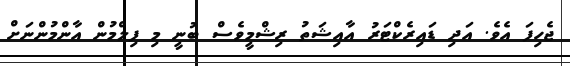
ޖެހިފަ އެވެ. އަދި ޑައިރެކްޓަރު އާއިޝަތު ރިޝްމީވެސް ބުނީ މި ފިލްމުން އާންމުންނަށް